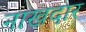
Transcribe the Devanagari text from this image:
नाखदार